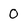
Character: 0